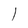
Character: l